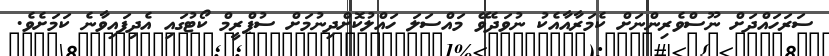
ސަރަހައްދަށް ނޫސްވެރިންނަށް ކެމަރާއާއެކު ނުވަދެވޭ މައްސަލަ ހައްލުކޮށްދިނުމަށް ސުޕްރީމް ކޯޓުގައި އެދިފައިވާނެ ކަމަށެވެ.